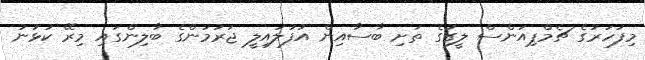
މިފަހަރުގެ ޗެމްޕިއަންސް ލީގުގެ ތަށި ބާސާއިން އުފުލައިލީ ޖަރުމަންގެ ބާލިންގައި މިރޭ ކުޅުނު